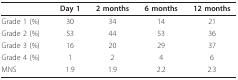
<table><thead><tr><td></td><td><b>Day 1</b></td><td><b>2 months</b></td><td><b>6 months</b></td><td><b>12 months</b></td></tr></thead><tbody><tr><td>Grade 1 (%)</td><td>30</td><td>34</td><td>14</td><td>21</td></tr><tr><td>Grade 2 (%)</td><td>53</td><td>44</td><td>53</td><td>36</td></tr><tr><td>Grade 3 (%)</td><td>16</td><td>20</td><td>29</td><td>37</td></tr><tr><td>Grade 4 (%)</td><td>1</td><td>2</td><td>4</td><td>6</td></tr><tr><td>MNS</td><td>1.9</td><td>1.9</td><td>2.2</td><td>2.3</td></tr></tbody></table>